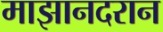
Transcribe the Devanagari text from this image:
माझानदरान